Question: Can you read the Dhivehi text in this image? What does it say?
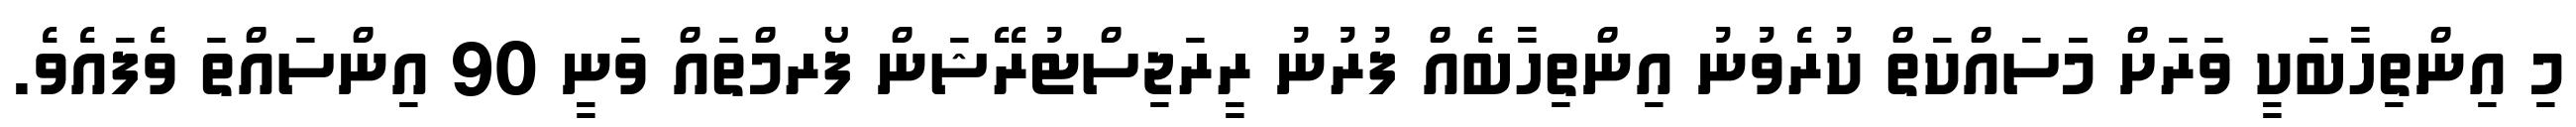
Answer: މި އިންތިހާބަކީ ވަރަށް މަަސައްކަތް ކުރެވުނު އިންތިހާބެއް ފުރުނު ރީރަޖިސްޓުރޭޝަން ފޯރމްތައް ވަނީ 90 އިންސައްތަ ވެފައެވެ.